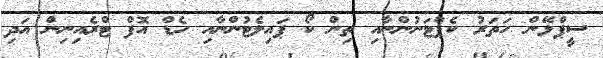
ސީޕްލޭން ހަތަރު ކެޕްޓަނުންނާއި ތިން ކޯ ޕައިލެޓުންނާއި ހެޑް އޮފް ޓްރެއިނިން އަދި